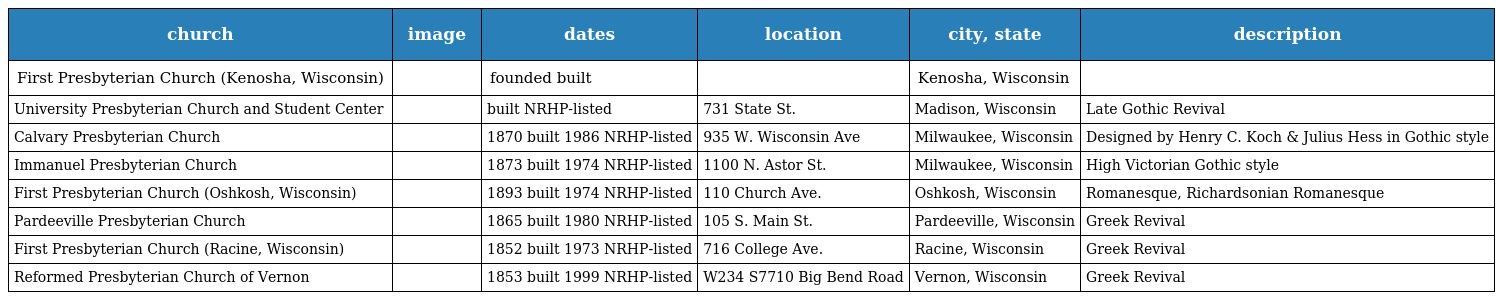
| church | image | dates | location | city, state | description |
 | --- | --- | --- | --- | --- | --- |
 | First Presbyterian Church (Kenosha, Wisconsin) |  | founded built |  | Kenosha, Wisconsin |  |
 | University Presbyterian Church and Student Center |  | built NRHP-listed | 731 State St. | Madison, Wisconsin | Late Gothic Revival |
 | Calvary Presbyterian Church |  | 1870 built 1986 NRHP-listed | 935 W. Wisconsin Ave | Milwaukee, Wisconsin | Designed by Henry C. Koch & Julius Hess in Gothic style |
 | Immanuel Presbyterian Church |  | 1873 built 1974 NRHP-listed | 1100 N. Astor St. | Milwaukee, Wisconsin | High Victorian Gothic style |
 | First Presbyterian Church (Oshkosh, Wisconsin) |  | 1893 built 1974 NRHP-listed | 110 Church Ave. | Oshkosh, Wisconsin | Romanesque, Richardsonian Romanesque |
 | Pardeeville Presbyterian Church |  | 1865 built 1980 NRHP-listed | 105 S. Main St. | Pardeeville, Wisconsin | Greek Revival |
 | First Presbyterian Church (Racine, Wisconsin) |  | 1852 built 1973 NRHP-listed | 716 College Ave. | Racine, Wisconsin | Greek Revival |
 | Reformed Presbyterian Church of Vernon |  | 1853 built 1999 NRHP-listed | W234 S7710 Big Bend Road | Vernon, Wisconsin | Greek Revival |